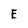
Character: E